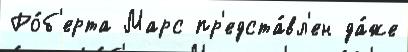
Ро́б'ерта Марс пр'едста́вл'ен да́же